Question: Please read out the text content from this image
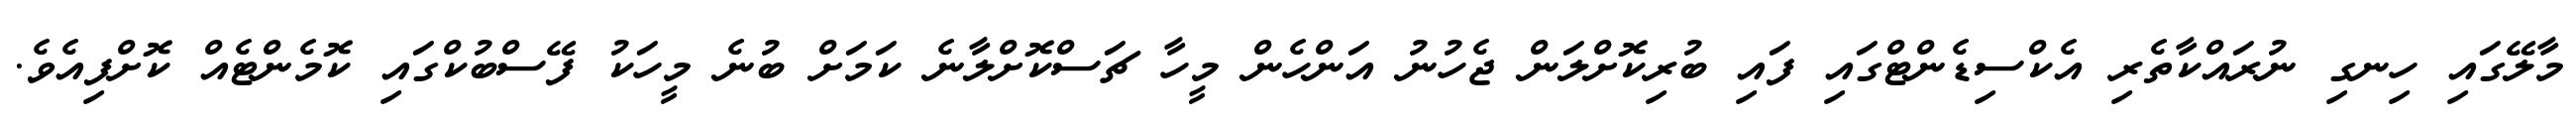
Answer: މާލޭގައި ހިނގި ނުރައްކާތެރި އެކްސިޑެންޓްގައި ފައި ބުރިކޮށްލަން ޖެހުނު އަންހެން މީހާ ޗަސްކޮށްލާނެ ކަމަށް ބުނެ މީހަކު ފޭސްބުކްގައި ކޮމެންޓެއް ކޮށްފިއެވެ.